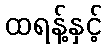
ထရန့်နှင့်